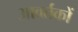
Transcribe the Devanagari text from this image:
आवर्तकों